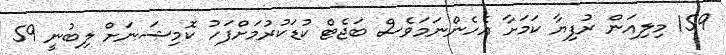
159 މިލިއަން ރުފިޔާ ކަމަށާ އެހެންނަމަވެސް ބަޖެޓް ކުޑަކުރުމަށްފަހު ކޮމިޝަނަށް ލިބުނީ 59